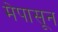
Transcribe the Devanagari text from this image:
मेपासून